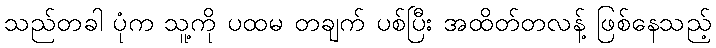
သည်တခါ ပုံက သူ့ကို ပထမ တချက် ပစ်ပြီး အထိတ်တလန့် ဖြစ်နေသည့်